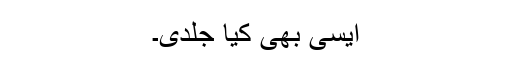
ایسی بھی کیا جلدی۔